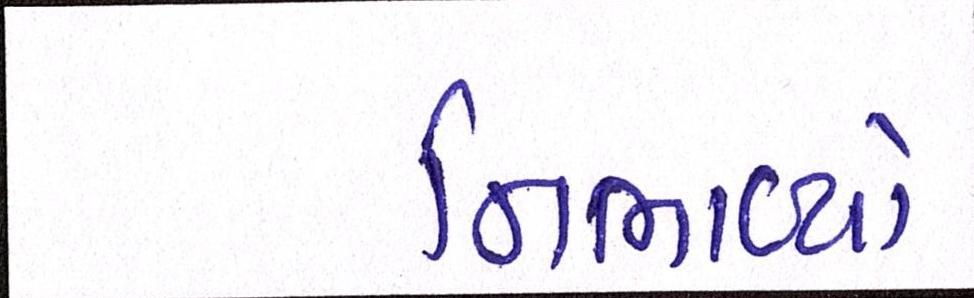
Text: નિભાવ્યો